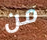
من